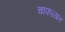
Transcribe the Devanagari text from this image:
चाफळात